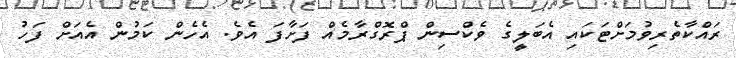
ރައްކާތެރިވުމަށްޓަކައި އެބަލީގެ ވެކްސިން ޕްރޮގްރާމެއް ފަށާފަ އެވެ. އެހެން ކަމުން އެއަށް ފަހު